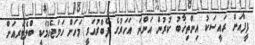
ފީފާއަށް ރައީސަކު އިންތިޚާބު ކުރުން އަންނަ އަހަރުގެ ފެބްރުއަރީ މަހަށް ހަމަޖެހުމަކީ ބްލެޓަރއަށް